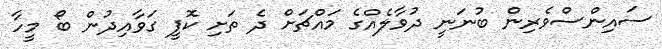
ސައިންސްވެރިން ބުނަނީ ދުވާލެއްގެ މައްޗަށް ދެ ތަށި ކޮފީ ގަވާއިދުން ބޯ މީހާ